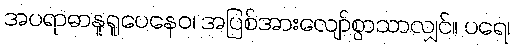
အပရာဓာနူရူပေနေဝ၊ အပြစ်အားလျော်စွာသာလျှင်။ ပရေ၊